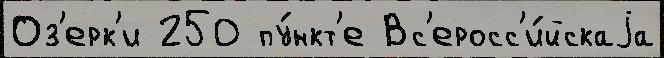
Оз'ерк'и 250 пу́нкт'е Вс'еросс'и́йскаjа